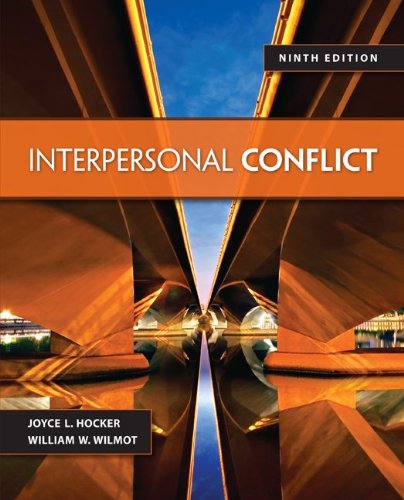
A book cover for Interpersonal Conflict; William Wilmot; Reference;